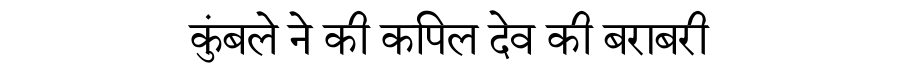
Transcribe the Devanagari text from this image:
कुंबले ने की कपिल देव की बराबरी